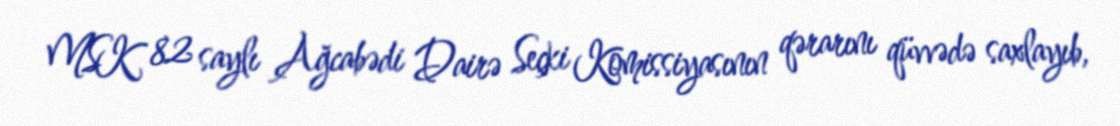
MSK 82 saylı Ağcabədi Dairə Seçki Komissiyasının qərarını qüvvədə saxlayıb,